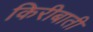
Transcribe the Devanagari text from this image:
किरीबाती